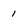
Character: 1